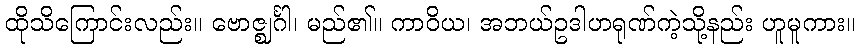
ထိုသိကြောင်းလည်း။ ဗောဇ္ဈင်္ဂါ၊ မည်၏။ ကာဝိယ၊ အဘယ်ဥဒါဟရုဏ်ကဲ့သို့နည်း ဟူမူကား။